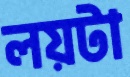
লয়টা